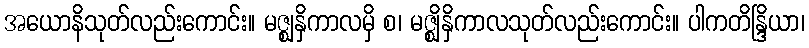
အယောနိသုတ်လည်းကောင်း။ မဇ္ဈနှိကာလမှိ စ၊ မဇ္ဈိနှိကာလသုတ်လည်းကောင်း။ ပါကတိန္ဒြိယာ၊